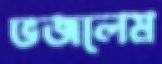
ভজলেম